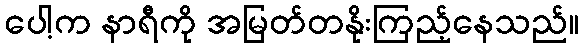
ပေါ့က နာရီကို အမြတ်တနိုးကြည့်နေသည်။